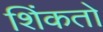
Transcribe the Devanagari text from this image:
शिंकतो